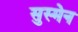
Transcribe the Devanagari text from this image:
सुस्मेन